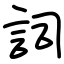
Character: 詞